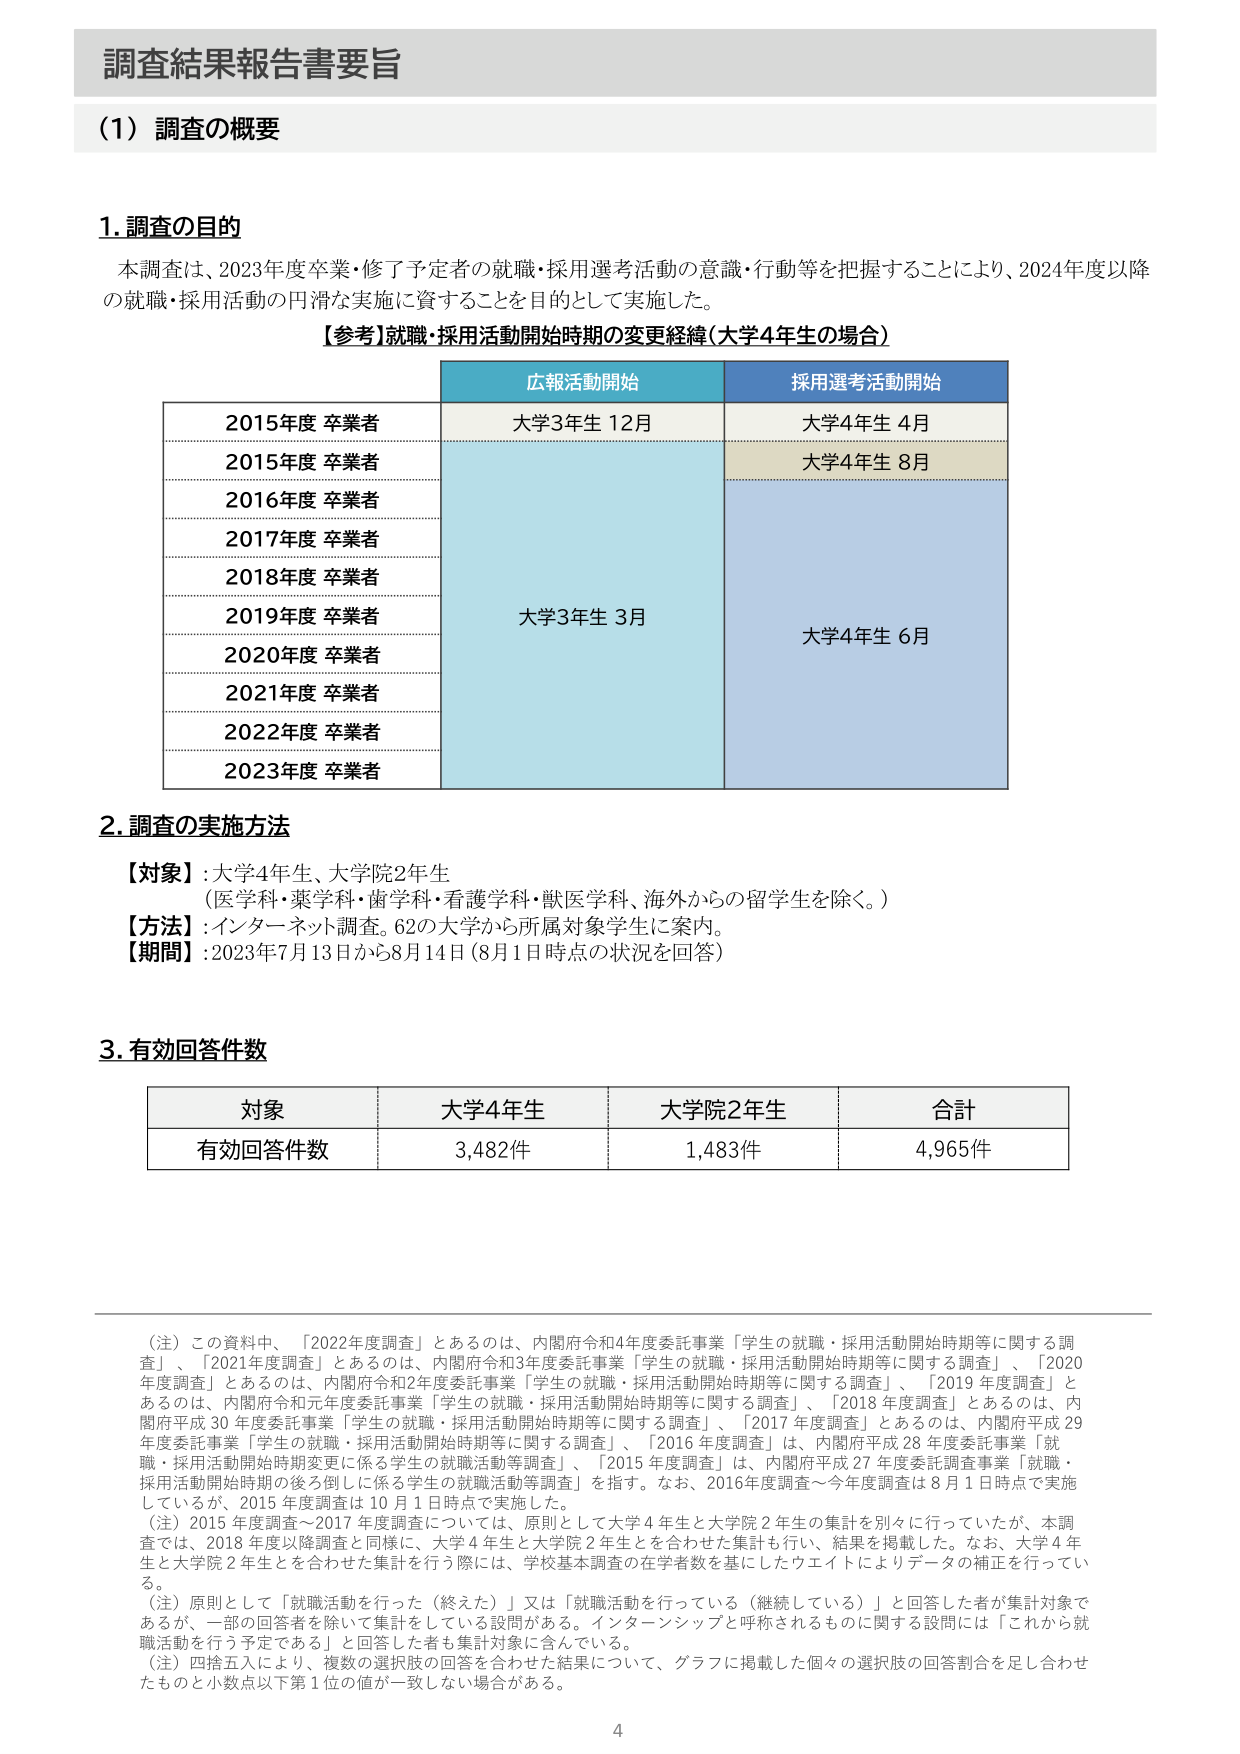
調査結果報告書要旨

（1）調査の概要

1. 調査の目的
本調査は、2023年度卒業・修了予定者の就職・採用選考活動の意識・行動等を把握することにより、2024年度以降の就職・採用活動の円滑な実施に資することを目的として実施した。

【参考】就職・採用活動開始時期の変更経緯（大学4年生の場合）

広報活動開始　　　　　　　　　　　採用選考活動開始
2015年度 卒業者　　　　　大学3年生 12月　　　　　　　大学4年生 4月
2015年度 卒業者　　　　　　　　　　　　　　　　　　　大学4年生 8月
2016年度 卒業者
2017年度 卒業者
2018年度 卒業者　　　　　大学3年生 3月　　　　　　　大学4年生 6月
2019年度 卒業者
2020年度 卒業者
2021年度 卒業者
2022年度 卒業者
2023年度 卒業者

2. 調査の実施方法
【対象】：大学4年生、大学院2年生
（医学科・薬学科・歯学科・看護学科・獣医学科、海外からの留学生を除く。）
【方法】：インターネット調査。62の大学から所属対象学生に案内。
【期間】：2023年7月13日から8月14日（8月1日時点の状況を回答）

3. 有効回答件数

対象　　　　　　　大学4年生　　　　　大学院2年生　　　　　合計
有効回答件数　　　3,482件　　　　　　1,483件　　　　　　4,965件

（注）この資料中、「2022年度調査」とあるのは、内閣府令和4年度委託事業「学生の就職・採用活動開始時期等に関する調査」、「2021年度調査」とあるのは、内閣府令和3年度委託事業「学生の就職・採用活動開始時期等に関する調査」、「2020年度調査」とあるのは、内閣府令和2年度委託事業「学生の就職・採用活動開始時期等に関する調査」、「2019年度調査」とあるのは、内閣府令和元年度委託事業「学生の就職・採用活動開始時期等に関する調査」、「2018年度調査」とあるのは、内閣府平成30年度委託事業「学生の就職・採用活動開始時期等に関する調査」、「2017年度調査」とあるのは、内閣府平成29年度委託事業「学生の就職・採用活動開始時期等に関する調査」、「2016年度調査」は、内閣府平成28年度委託事業「就職・採用活動開始時期変更に係る学生の就職活動等調査」、「2015年度調査」は、内閣府平成27年度委託調査事業「就職・採用活動開始時期の後ろ倒しに係る学生の就職活動等調査」を指す。なお、2016年度調査～今年度調査は8月1日時点で実施しているが、2015年度調査は10月1日時点で実施した。
（注）2015年度調査～2017年度調査については、原則として大学4年生と大学院2年生の集計を別々に行っていたが、本調査では、2018年度以降調査と同様に、大学4年生と大学院2年生とを合わせた集計も行い、結果を掲載した。なお、大学4年生と大学院2年生とを合わせた集計を行う際には、学校基本調査の在学者数を基にしたウェイトによりデータの補正を行っている。
（注）原則として「就職活動を行った（終えた）」又は「就職活動を行っている（継続している）」と回答した者が集計対象であるが、一部の回答者を除いて集計をしている設問がある。インターンシップと呼称されるものに関する設問には「これから就職活動を行う予定である」と回答した者も集計対象に含んでいる。
（注）四捨五入により、複数の選択肢の回答を合わせた結果について、グラフに掲載した個々の選択肢の回答割合を足し合わせたものと小数点以下第1位の値が一致しない場合がある。

4